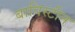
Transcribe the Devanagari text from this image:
बाविस्टीन